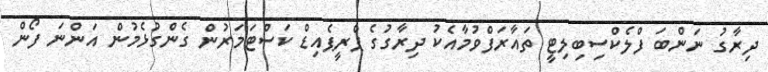
ދިރާގު ނަންބަ ފްލެކްސިބިލިޓީ ތައާރަފްވުމާއެކު ދިރާގުގެ ޕްރީޕެއިޑް ކަސްޓަމަރުން ގެންގުޅެމުން އަންނަ ފޯން